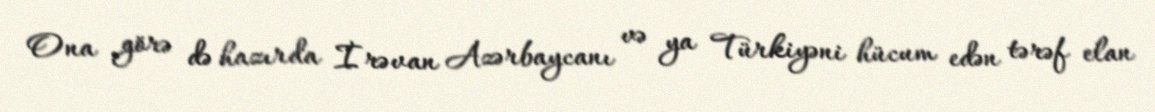
Ona görə də hazırda İrəvan Azərbaycanı və ya Türkiyəni hücum edən tərəf elan